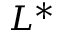
L ^ { * }